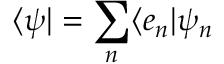
\langle \psi | = \sum _ { n } \langle e _ { n } | \psi _ { n }